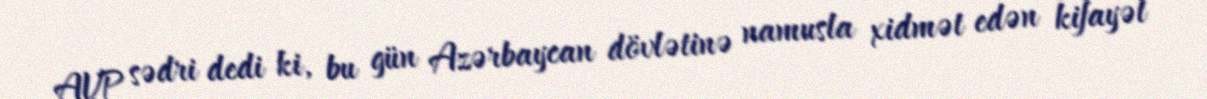
AVP sədri dedi ki, bu gün Azərbaycan dövlətinə namusla xidmət edən kifayət